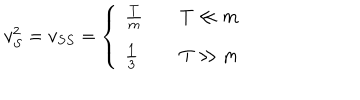
v _ { S } ^ { 2 } = v _ { S S } = \left\{ \ \begin{array} { l l } { { \frac T m } } & { { \quad T \ll m } } \\ { { \frac 1 3 } } & { { \quad T \gg m } } \\ \end{array} \right.